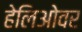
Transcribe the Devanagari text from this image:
हेलिओवर